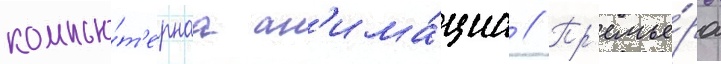
компью́т'ернаа ан'има́циа // Пр'емье́ра